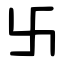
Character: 卐